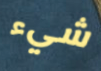
شيء